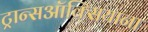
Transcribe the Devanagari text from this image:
ट्रान्सऑक्सियाना